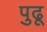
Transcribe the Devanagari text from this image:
पुढू